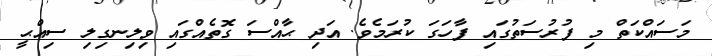
މަސައްކަތް މި ފުރުސަތުގައި ފާހަގަ ކުރަމެވެ. އަދި ޙާއްސަ ގޮތެއްގައި ވިލިނގިލި ސިއްޙީ